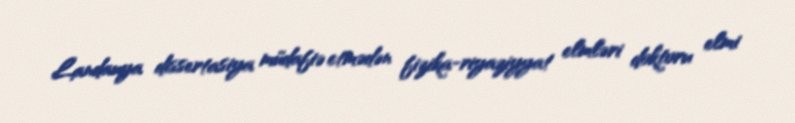
Landauya dissertasiya müdafiə etmədən fizika-riyaziyyat elmləri doktoru elmi